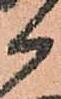
候